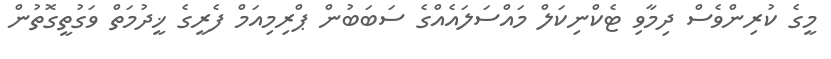
މީގެ ކުރިންވެސް ދިމާވި ޓެކްނިކަލް މައްސަލައެއްގެ ސަބަބުން ޕްރިމިއަމް ފެރީގެ ޚީދުމަތް ވަގުތީގޮތުން